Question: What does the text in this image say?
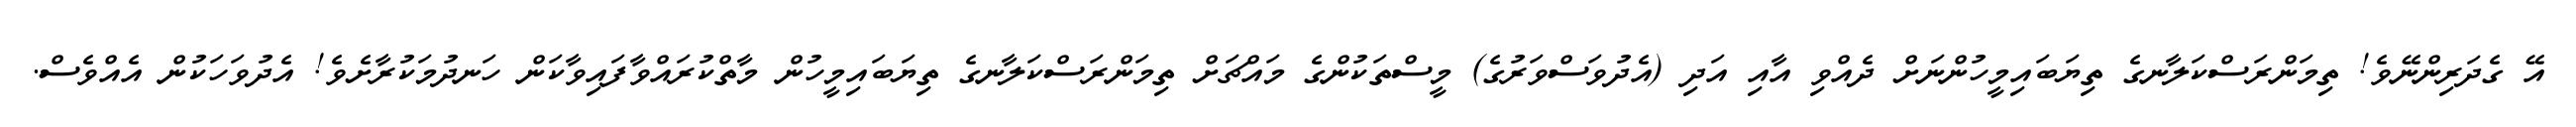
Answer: އޭ ގެދަރިންނޭވެ! ތިމަންރަސްކަލާނގެ ތިޔަބައިމީހުންނަށް ދެއްވި އާއި އަދި (އެދުވަސްވަރުގެ) މީސްތަކުންގެ މައްޗަށް ތިމަންރަސްކަލާނގެ ތިޔަބައިމީހުން މާތްކުރައްވާފައިވާކަން ހަނދުމަކުރާށެވެ! އެދުވަހަކުން އެއްވެސް.